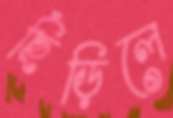
ছিঁড়িলে